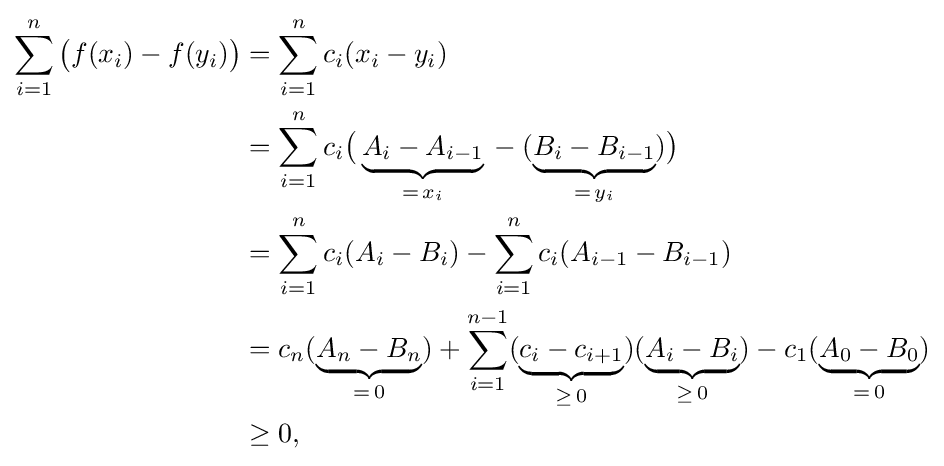
{\begin{aligned}\sum _{i=1}^{n}{\bigl (}f(x_{i})-f(y_{i}){\bigr )}&=\sum _{i=1}^{n}c_{i}(x_{i}-y_{i})\\&=\sum _{i=1}^{n}c_{i}{\bigl (}\underbrace {A_{i}-A_{i-1}} _{=\,x_{i}}{}-(\underbrace {B_{i}-B_{i-1}} _{=\,y_{i}}){\bigr )}\\&=\sum _{i=1}^{n}c_{i}(A_{i}-B_{i})-\sum _{i=1}^{n}c_{i}(A_{i-1}-B_{i-1})\\&=c_{n}(\underbrace {A_{n}-B_{n}} _{=\,0})+\sum _{i=1}^{n-1}(\underbrace {c_{i}-c_{i+1}} _{\geq \,0})(\underbrace {A_{i}-B_{i}} _{\geq \,0})-c_{1}(\underbrace {A_{0}-B_{0}} _{=\,0})\\&\geq 0,\end{aligned}}